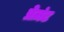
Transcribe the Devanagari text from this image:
प्रेज़ंट